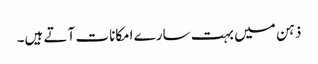
ذہن میں بہت سارے امکانات آتے ہیں۔